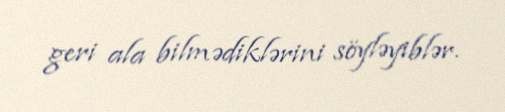
geri ala bilmədiklərini söyləyiblər.